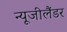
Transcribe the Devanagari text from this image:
न्यूजीलैंडर